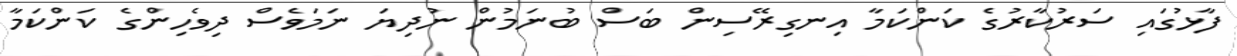
ފާޅުގައި ސަރުކާރުގެ ކަންކަމާ އިނގިރޭސިން ބަސް ބުނަމުން ނުދިޔަ ނަމަވެސް ދިވެހިންގެ ކަންކަމާ